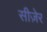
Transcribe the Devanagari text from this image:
सीज़ेर